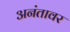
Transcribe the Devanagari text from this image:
अनंतावर